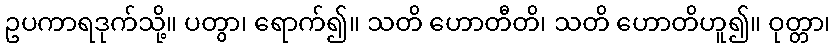
ဥပကာရဒုက်သို့။ ပတွာ၊ ရောက်၍။ သတိ ဟောတီတိ၊ သတိ ဟောတိဟူ၍။ ဝုတ္တာ၊